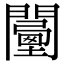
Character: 𨶾